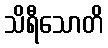
သိရီသောတိ